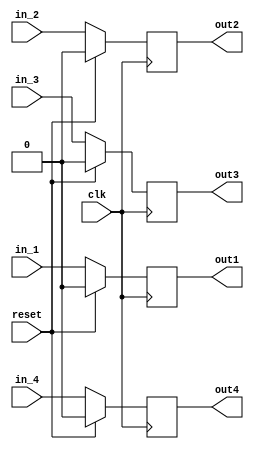
`timescale 1ns / 1ps
//////////////////////////////////////////////////////////////////////////////////
// Company: 
// Engineer: 
// 
// Design Name: 
// Module Name: registerr
// Project Name: 
// Target Devices: 
// Tool Versions: 
// Description: 
// 
// Dependencies: 
// 
// Revision:
// Revision 0.01 - File Created
// Additional Comments:
// 
//////////////////////////////////////////////////////////////////////////////////


module registerr(
    input reset,
    input clk,
    input in_1,
    input in_2,
    input in_3,
    input in_4,
    output reg out1,
    output reg out2,
    output reg out3,
    output reg out4

    );
    
    
    always @(posedge clk) begin
        if (reset == 1)begin
            out1 <= 0;
            out2 <= 0;
            out3 <= 0;
            out4 <= 0;
        end
        else begin
            out1 <= in_1;
            out2 <= in_2;
            out3 <= in_3;
            out4 <= in_4;
        end
    end
endmodule